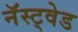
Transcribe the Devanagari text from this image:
नॅस्ट्वेड